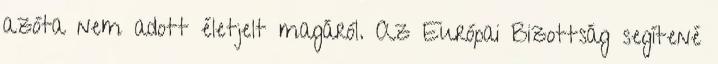
azóta nem adott életjelt magáról. Az Európai Bizottság segítené